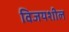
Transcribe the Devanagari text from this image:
विजयशील